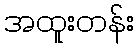
အထူးတန်း